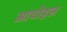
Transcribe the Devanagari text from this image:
आयोहल